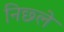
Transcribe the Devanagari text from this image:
निछ्ले